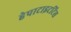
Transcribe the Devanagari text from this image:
हेपाटाइटटिस